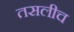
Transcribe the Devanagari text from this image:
तसलीच